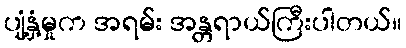
ပျံ့နှံ့မှုက အရမ်း အန္တရာယ်ကြီးပါတယ်။